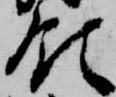
領